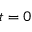
t = 0